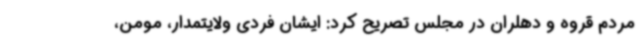
مردم قروه و دهلران در مجلس تصریح کرد: ایشان فردی ولایتمدار، مومن،